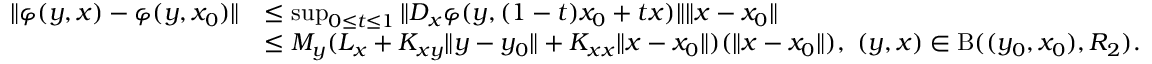
\begin{array} { r l } { \Vert \varphi ( y , x ) - \varphi ( y , x _ { 0 } ) \Vert } & { \leq \operatorname* { s u p } _ { 0 \leq t \leq 1 } \Vert D _ { x } \varphi ( y , ( 1 - t ) x _ { 0 } + t x ) \Vert \Vert x - x _ { 0 } \Vert } \\ & { \leq M _ { y } ( L _ { x } + K _ { x y } \Vert y - y _ { 0 } \Vert + K _ { x x } \Vert x - x _ { 0 } \Vert ) ( \Vert x - x _ { 0 } \Vert ) , \ ( y , x ) \in \mathrm { B } ( ( y _ { 0 } , x _ { 0 } ) , R _ { 2 } ) . } \end{array}